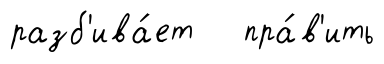
разб'ива́ет пра́в'ить